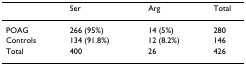
<table><thead><tr><td></td><td><b>Ser</b></td><td><b>Arg</b></td><td><b>Total</b></td></tr></thead><tbody><tr><td>POAG</td><td>266 (95%)</td><td>14 (5%)</td><td>280</td></tr><tr><td>Controls</td><td>134 (91.8%)</td><td>12 (8.2%)</td><td>146</td></tr><tr><td>Total</td><td>400</td><td>26</td><td>426</td></tr></tbody></table>